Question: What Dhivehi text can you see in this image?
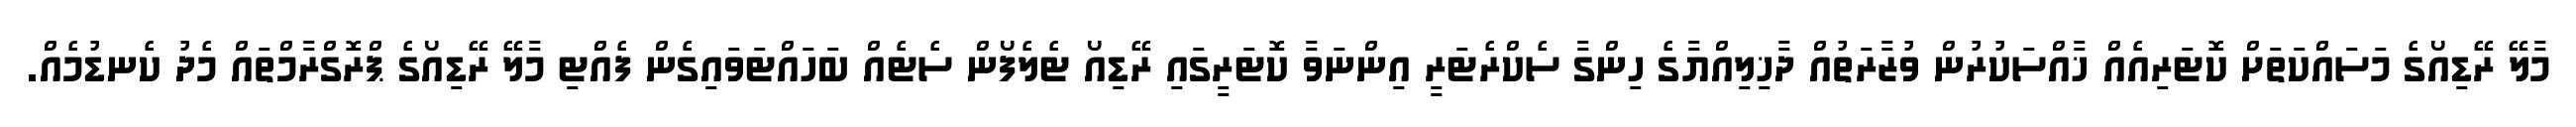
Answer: މާލޭ ރޭޑިއޯގެ މަސައްކަތަށް ކޮޓަރިއެއް ޚާއްސަކުރުން ވުޒާރަތުއް ދާޚިލިއްޔާގެ ހިންގާ ސެކްރެޓަރީ އިންނަވާ ކޮޓަރީގައި ރޭޑިއޯ ޓެލެފޯން ސެޓެއް ބަހައްޓަވައިގެން ފެއްޓި މާލޭ ރޭޑިއޯގެ ޕްރޮގްރާމްތައް މެދު ކެނޑުމެއް.